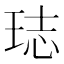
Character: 𤥴